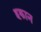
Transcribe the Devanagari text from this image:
हकान